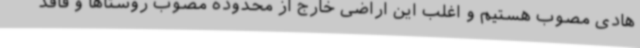
هادی مصوب هستیم و اغلب این اراضی خارج از محدوده مصوب روستاها و فاقد